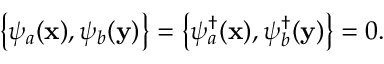
\left\{ \psi _ { a } ( \mathbf { x } ) , \psi _ { b } ( \mathbf { y } ) \right\} = \left\{ \psi _ { a } ^ { \dagger } ( \mathbf { x } ) , \psi _ { b } ^ { \dagger } ( \mathbf { y } ) \right\} = 0 .